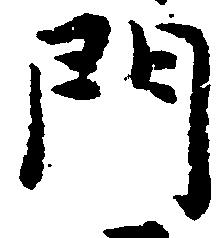
門